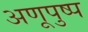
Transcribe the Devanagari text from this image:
अणूपुष्प